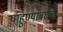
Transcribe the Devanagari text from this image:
पाहुण्याबरोबर